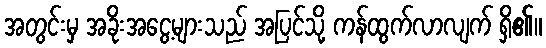
အတွင်းမှ အခိုးအငွေ့များသည် အပြင်သို့ ကန်ထွက်လာလျက် ရှိ၏။